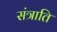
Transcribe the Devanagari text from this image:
संत्राति